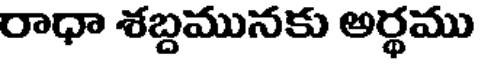
రాధా శబ్దమునకు అర్థము